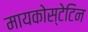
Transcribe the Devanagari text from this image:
मायकोस्टेटिन